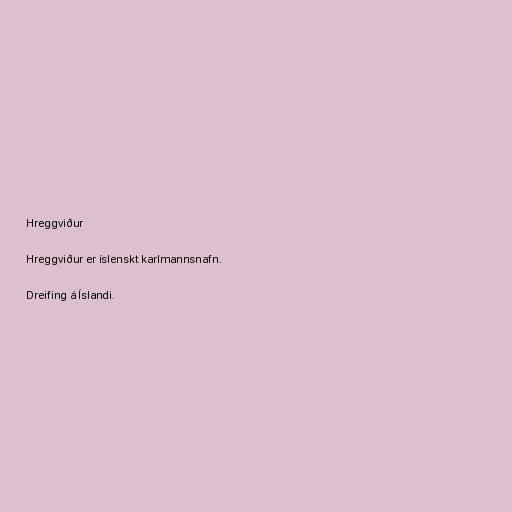
Hreggviður

Hreggviður er íslenskt karlmannsnafn.

Dreifing á Íslandi.